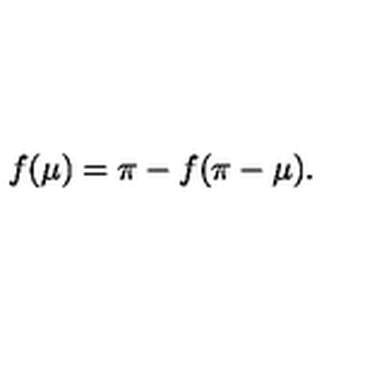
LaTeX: f ( \mu ) = \pi - f ( \pi - \mu ) .